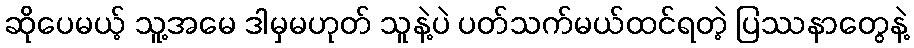
ဆိုပေမယ့် သူ့အမေ ဒါမှမဟုတ် သူနဲ့ပဲ ပတ်သက်မယ်ထင်ရတဲ့ ပြဿနာတွေနဲ့